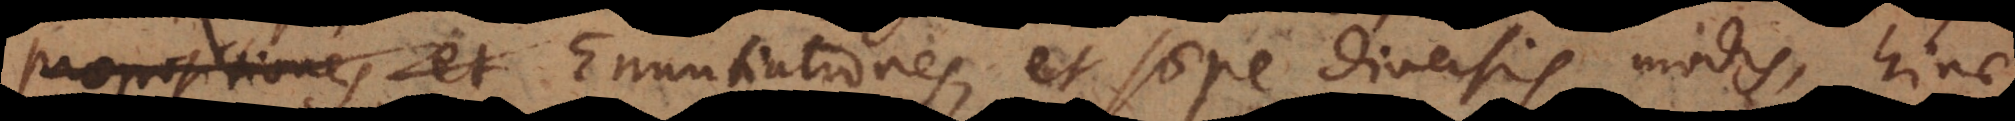
propositiones et Enuntiationes, et saepe diversis modis, hinc